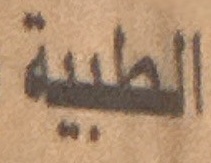
الطبية